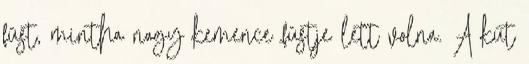
füst, mintha nagy kemence füstje lett volna. A kút